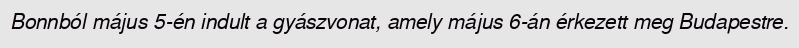
Bonnból május 5-én indult a gyászvonat, amely május 6-án érkezett meg Budapestre.